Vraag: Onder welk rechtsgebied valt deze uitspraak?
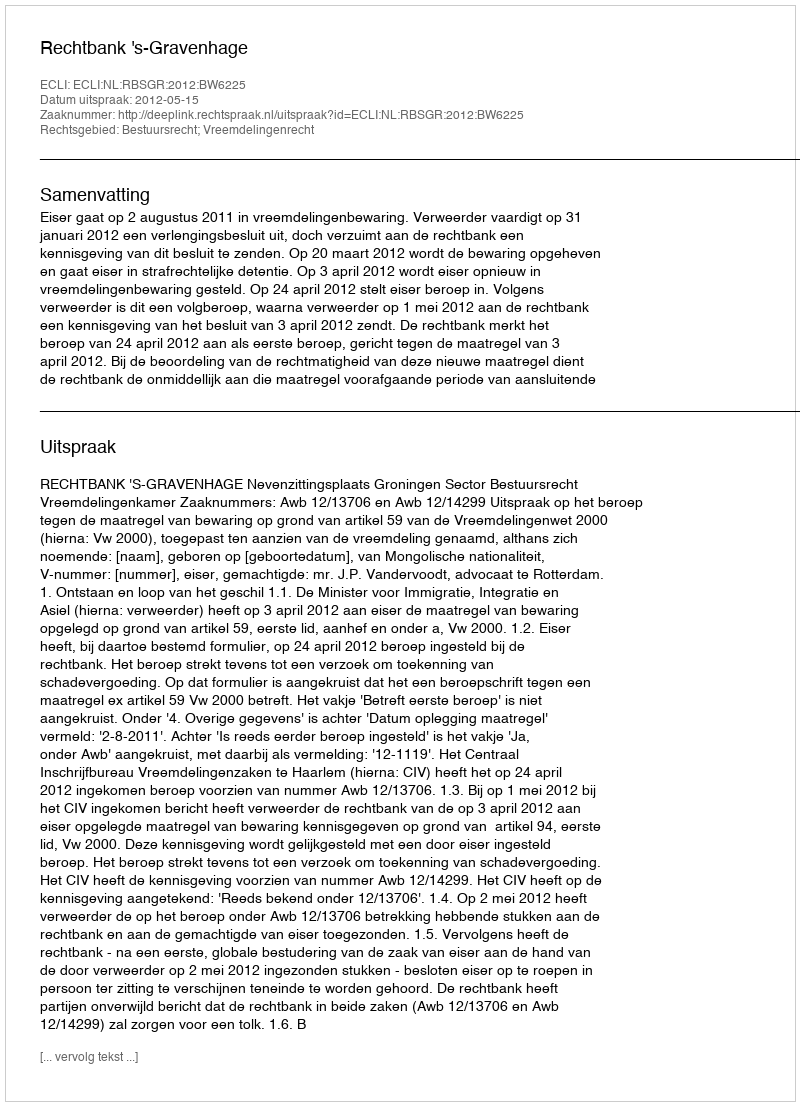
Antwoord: Bestuursrecht; Vreemdelingenrecht